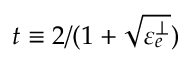
t \equiv 2 / ( 1 + \sqrt { \varepsilon _ { e } ^ { \perp } } )